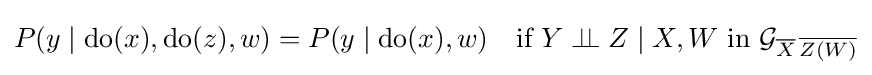
P(y\mid \mathrm {do} (x),\mathrm {do} (z),w)=P(y\mid \mathrm {do} (x),w)\quad {\text{if }}Y\perp \!\!\!\perp Z\mid X,W{\text{ in }}{\mathcal {G}}_{{\overline {X}}\,{\overline {Z(W)}}}